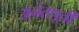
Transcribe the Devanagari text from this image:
अनंतपूर्ती